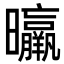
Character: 㬯